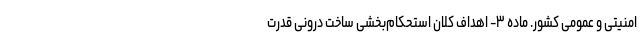
امنیتی و عمومی کشور. ماده ۳- اهداف کلان استحکام‌بخشی ساخت درونی قدرت